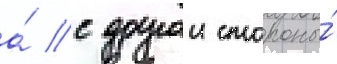
а́ с другои стороны́